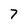
Character: 7